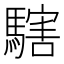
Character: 𩥌